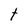
Character: t